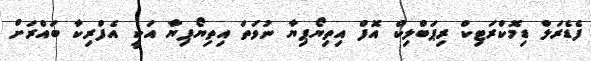
ފެޑެރަލް ޑިމޮކްރަޓިކް ރިޕަބްލިކް އޮފް އިތިޔޯޕިޔާ ނުވަތަ އިތިޔޯޕިޔާ އަކީ އެފްރިކާ ބައްރަށް